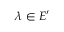
\lambda \in E ^ { \prime }